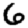
Digit: 6